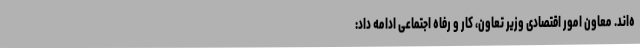
ه‌اند. معاون امور اقتصادی وزیر تعاون، کار و رفاه اجتماعی ادامه داد: